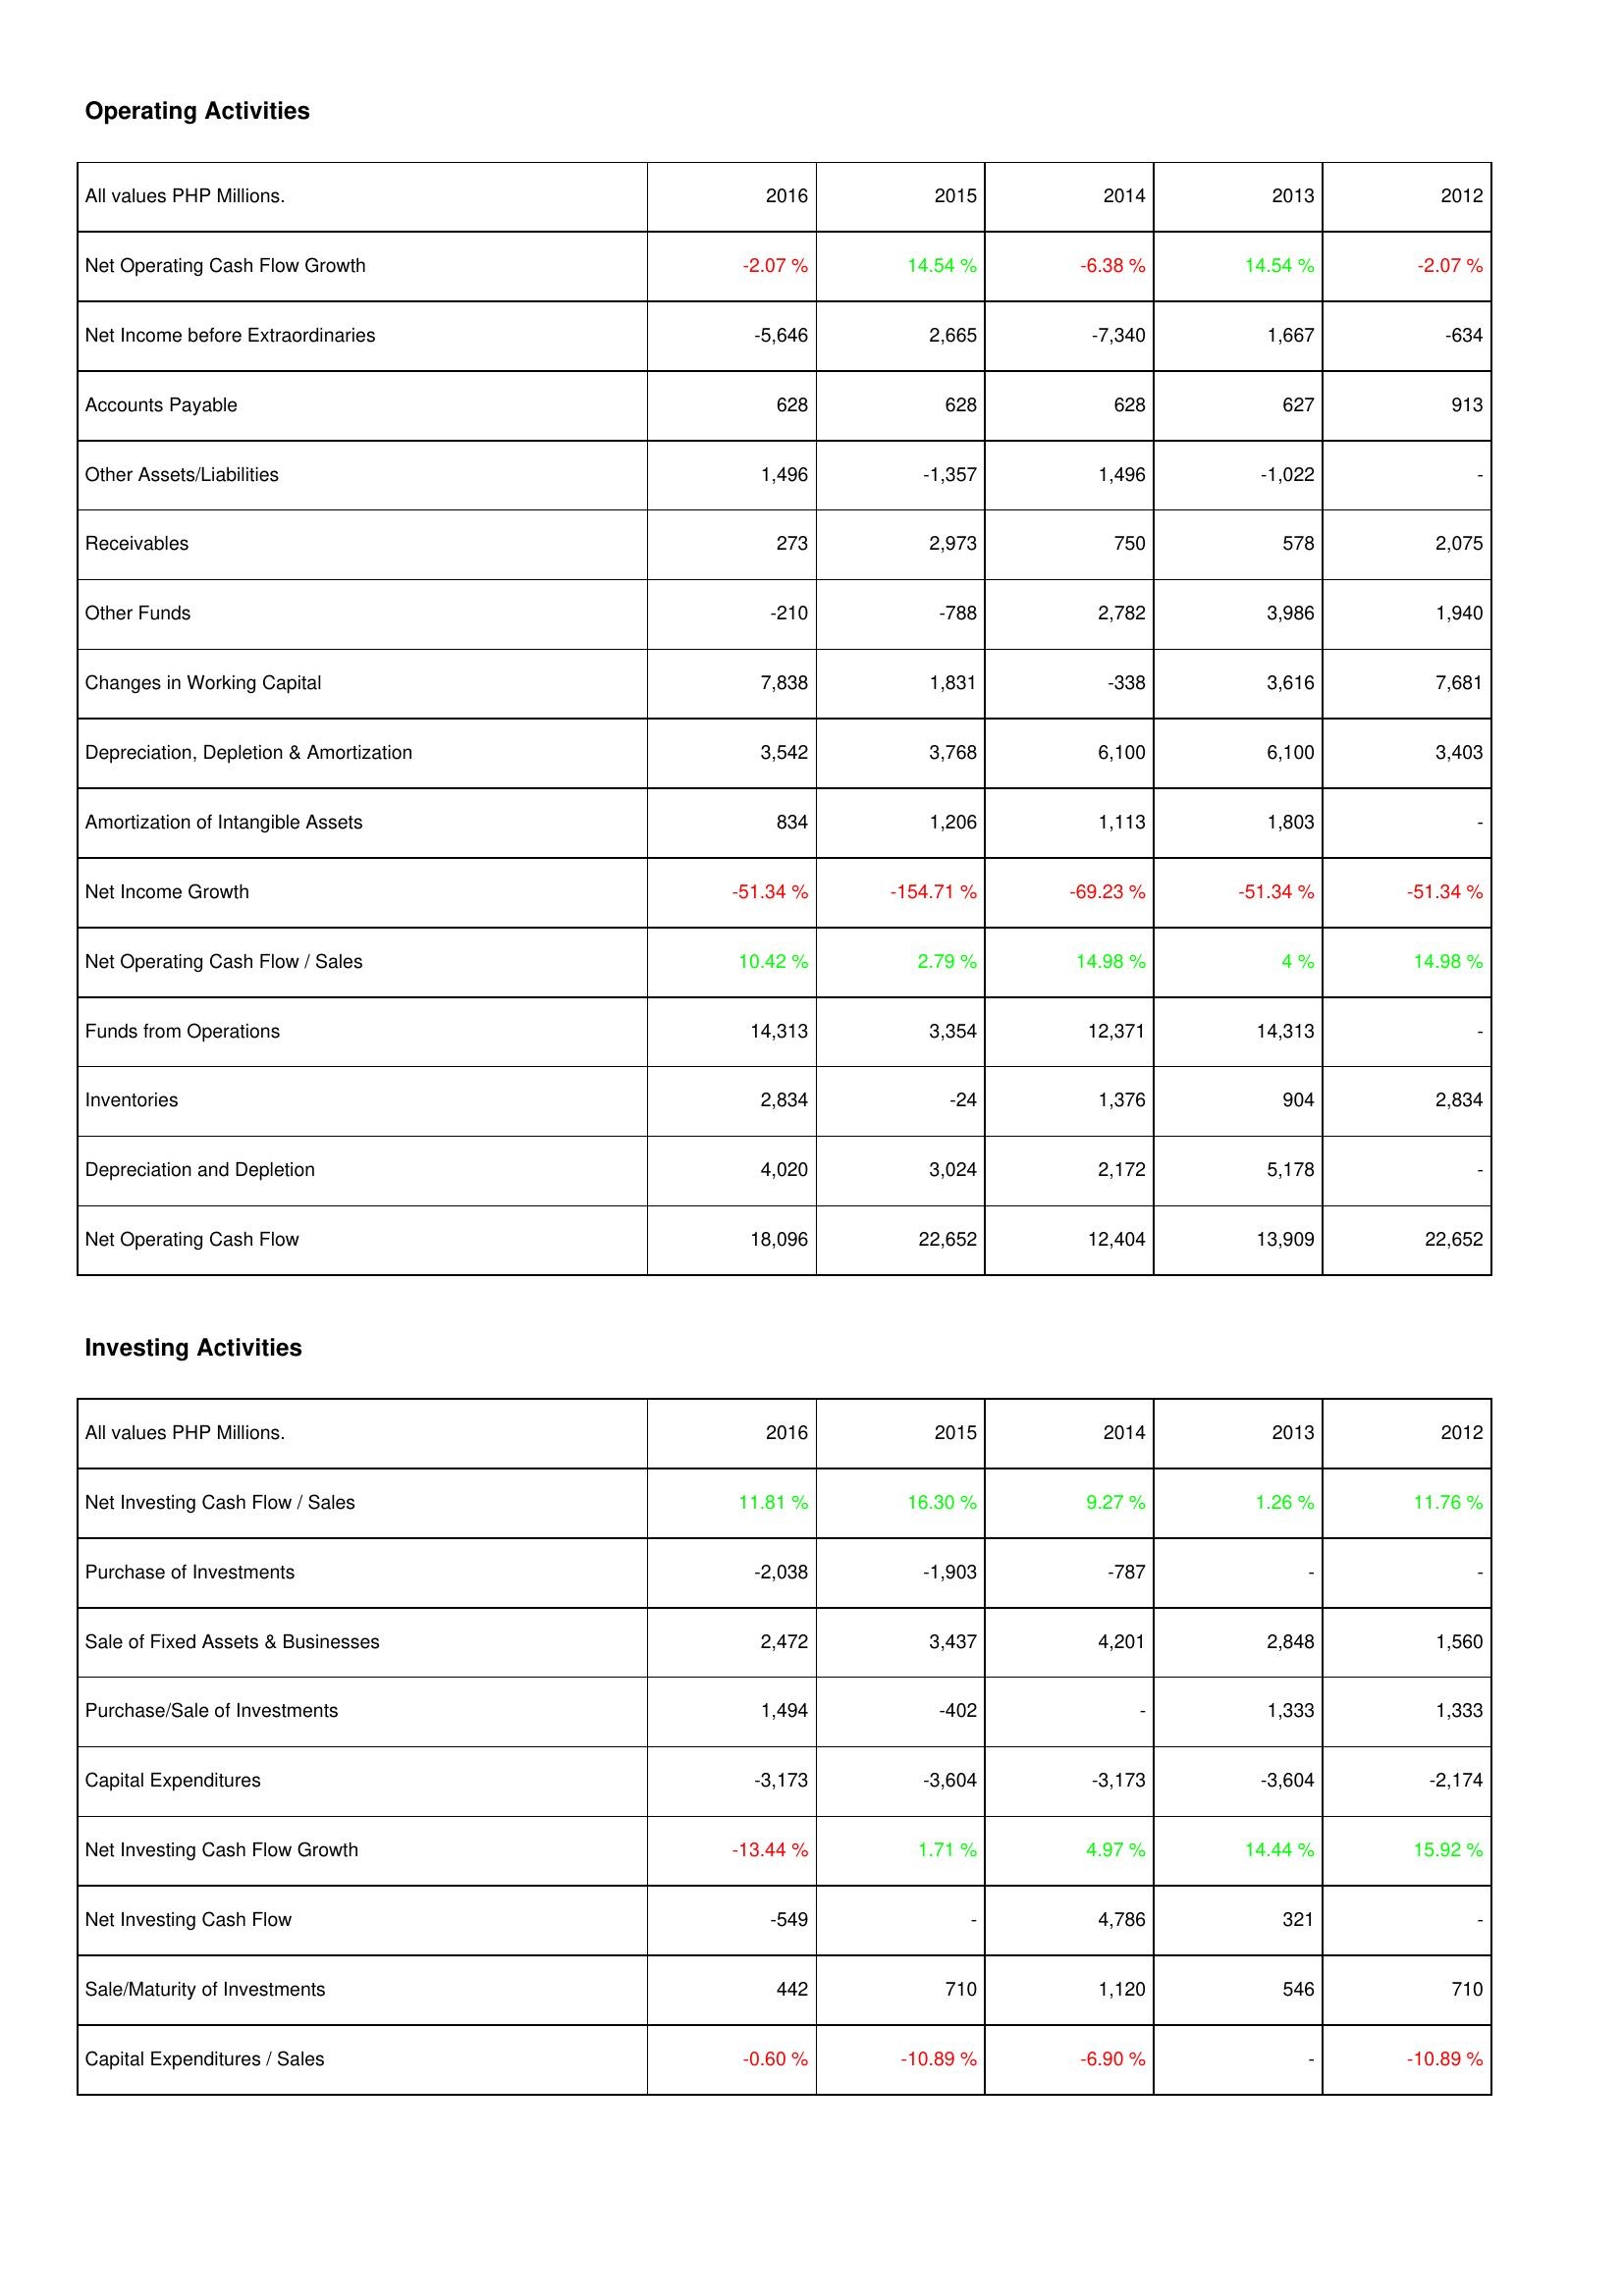
2016: Operating Activities: Net Operating Cash Flow Growth: -2.07 %
Net Income before Extraordinaries: -5,646
Accounts Payable: 628
Other Assets/Liabilities: 1,496
Receivables: 273
Other Funds: -210
Changes in Working Capital: 7,838
Depreciation, Depletion & Amortization: 3,542
Amortization of Intangible Assets: 834
Net Income Growth: -51.34 %
Net Operating Cash Flow / Sales: 10.42 %
Funds from Operations: 14,313
Inventories: 2,834
Depreciation and Depletion: 4,020
Net Operating Cash Flow: 18,096
Investing Activities: Net Investing Cash Flow / Sales: 11.81 %
Purchase of Investments: -2,038
Sale of Fixed Assets & Businesses: 2,472
Purchase/Sale of Investments: 1,494
Capital Expenditures: -3,173
Net Investing Cash Flow Growth: -13.44 %
Net Investing Cash Flow: -549
Sale/Maturity of Investments: 442
Capital Expenditures / Sales: -0.60 %
2015: Operating Activities: Net Operating Cash Flow Growth: 14.54 %
Net Income before Extraordinaries: 2,665
Accounts Payable: 628
Other Assets/Liabilities: -1,357
Receivables: 2,973
Other Funds: -788
Changes in Working Capital: 1,831
Depreciation, Depletion & Amortization: 3,768
Amortization of Intangible Assets: 1,206
Net Income Growth: -154.71 %
Net Operating Cash Flow / Sales: 2.79 %
Funds from Operations: 3,354
Inventories: -24
Depreciation and Depletion: 3,024
Net Operating Cash Flow: 22,652
Investing Activities: Net Investing Cash Flow / Sales: 16.30 %
Purchase of Investments: -1,903
Sale of Fixed Assets & Businesses: 3,437
Purchase/Sale of Investments: -402
Capital Expenditures: -3,604
Net Investing Cash Flow Growth: 1.71 %
Net Investing Cash Flow: -
Sale/Maturity of Investments: 710
Capital Expenditures / Sales: -10.89 %
2014: Operating Activities: Net Operating Cash Flow Growth: -6.38 %
Net Income before Extraordinaries: -7,340
Accounts Payable: 628
Other Assets/Liabilities: 1,496
Receivables: 750
Other Funds: 2,782
Changes in Working Capital: -338
Depreciation, Depletion & Amortization: 6,100
Amortization of Intangible Assets: 1,113
Net Income Growth: -69.23 %
Net Operating Cash Flow / Sales: 14.98 %
Funds from Operations: 12,371
Inventories: 1,376
Depreciation and Depletion: 2,172
Net Operating Cash Flow: 12,404
Investing Activities: Net Investing Cash Flow / Sales: 9.27 %
Purchase of Investments: -787
Sale of Fixed Assets & Businesses: 4,201
Purchase/Sale of Investments: -
Capital Expenditures: -3,173
Net Investing Cash Flow Growth: 4.97 %
Net Investing Cash Flow: 4,786
Sale/Maturity of Investments: 1,120
Capital Expenditures / Sales: -6.90 %
2013: Operating Activities: Net Operating Cash Flow Growth: 14.54 %
Net Income before Extraordinaries: 1,667
Accounts Payable: 627
Other Assets/Liabilities: -1,022
Receivables: 578
Other Funds: 3,986
Changes in Working Capital: 3,616
Depreciation, Depletion & Amortization: 6,100
Amortization of Intangible Assets: 1,803
Net Income Growth: -51.34 %
Net Operating Cash Flow / Sales: 4 %
Funds from Operations: 14,313
Inventories: 904
Depreciation and Depletion: 5,178
Net Operating Cash Flow: 13,909
Investing Activities: Net Investing Cash Flow / Sales: 1.26 %
Purchase of Investments: -
Sale of Fixed Assets & Businesses: 2,848
Purchase/Sale of Investments: 1,333
Capital Expenditures: -3,604
Net Investing Cash Flow Growth: 14.44 %
Net Investing Cash Flow: 321
Sale/Maturity of Investments: 546
Capital Expenditures / Sales: -
2012: Operating Activities: Net Operating Cash Flow Growth: -2.07 %
Net Income before Extraordinaries: -634
Accounts Payable: 913
Other Assets/Liabilities: -
Receivables: 2,075
Other Funds: 1,940
Changes in Working Capital: 7,681
Depreciation, Depletion & Amortization: 3,403
Amortization of Intangible Assets: -
Net Income Growth: -51.34 %
Net Operating Cash Flow / Sales: 14.98 %
Funds from Operations: -
Inventories: 2,834
Depreciation and Depletion: -
Net Operating Cash Flow: 22,652
Investing Activities: Net Investing Cash Flow / Sales: 11.76 %
Purchase of Investments: -
Sale of Fixed Assets & Businesses: 1,560
Purchase/Sale of Investments: 1,333
Capital Expenditures: -2,174
Net Investing Cash Flow Growth: 15.92 %
Net Investing Cash Flow: -
Sale/Maturity of Investments: 710
Capital Expenditures / Sales: -10.89 %